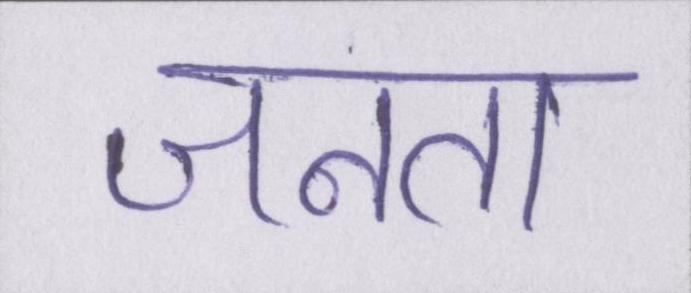
जनता